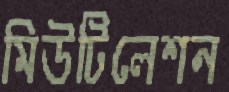
মিউটিলেশন